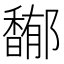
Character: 𩡏